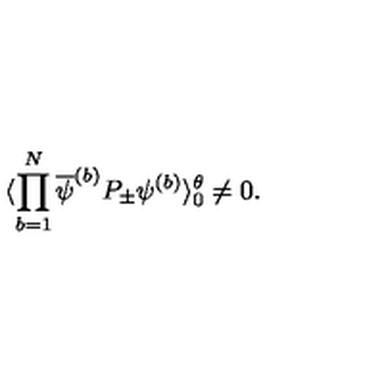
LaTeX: \langle \prod _ { b = 1 } ^ { N } \overline { { \psi } } ^ { ( b ) } P _ { \pm } \psi ^ { ( b ) } \rangle _ { 0 } ^ { \theta } \neq 0 .